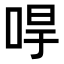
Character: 𠳲